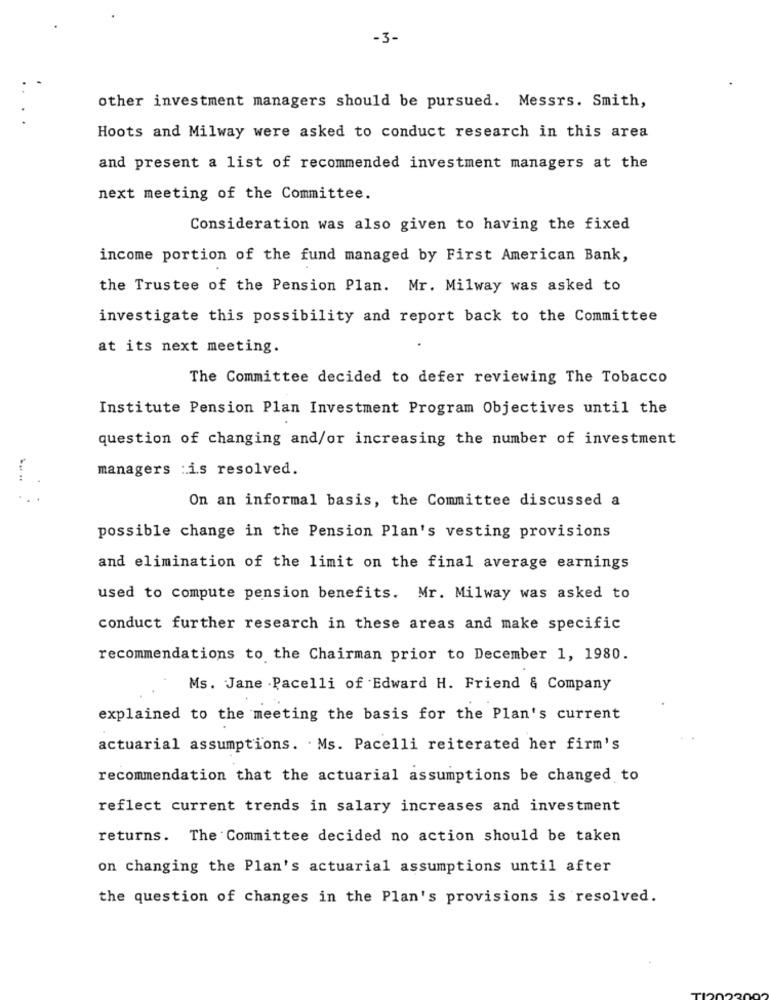
-3-
other investment managers should be pursued. Messrs. Smith,
Hoots and Milway were asked to conduct research in this area
and present a list of recommended investment managers at the
next meeting of the Committee.
Consideration was also given to having the fixed
income portion of the fund managed by First American Bank,
the Trustee of the Pension Plan. Mr. Milway was asked to
investigate this possibility and report back to the Committee
at its next meeting.
The Committee decided to defer reviewing The Tobacco
Institute Pension Plan Investment Program Objectives until the
question of changing and/or increasing the number of investment
managers :is resolved.
On an informal basis, the Committee discussed a
possible change in the Pension Plan's vesting provisions
and elimination of the limit on the final average earnings
used to compute pension benefits. Mr. Milway was asked to
conduct further research in these areas and make specific
recommendations to the Chairman prior to December 1, 1980.
Ms. Jane . Pacelli of Edward H. Friend & Company
explained to the meeting the basis for the Plan's current
actuarial assumptions. . Ms. Pacelli reiterated her firm's
recommendation that the actuarial assumptions be changed to
reflect current trends in salary increases and investment
returns. The Committee decided no action should be taken
on changing the Plan's actuarial assumptions until after
the question of changes in the Plan's provisions is resolved.